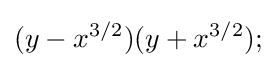
(y-x^{3/2})(y+x^{3/2});